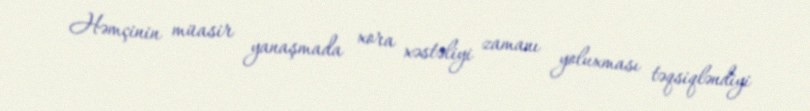
Həmçinin müasir yanaşmada xora xəstəliyi zamanı yoluxması təqsiqləndiyi